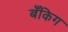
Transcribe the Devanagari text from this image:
बँकिग